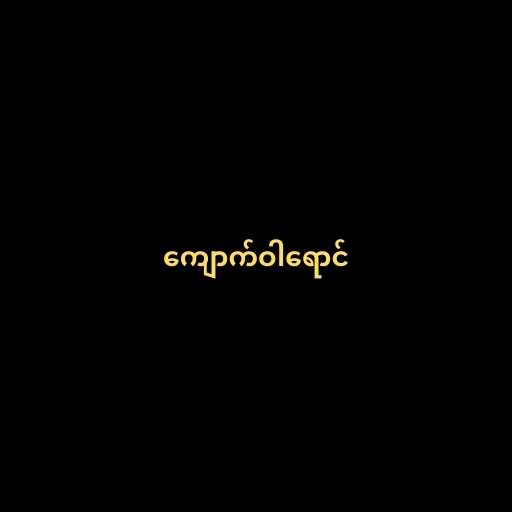
ကျောက်ဝါရောင်